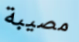
مصيبة